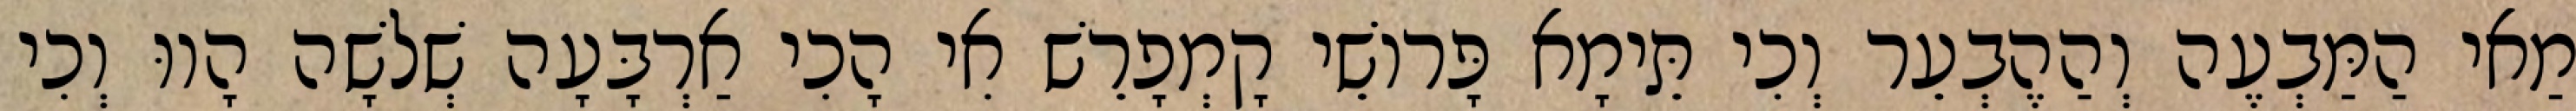
מַאי הַמַּבְעֶה וְהַהֶבְעֵר וְכִי תֵּימָא פָּרוֹשֵׁי קָמְפָרֵשׁ אִי הָכִי אַרְבָּעָה שְׁלֹשָׁה הָווּ וְכִי